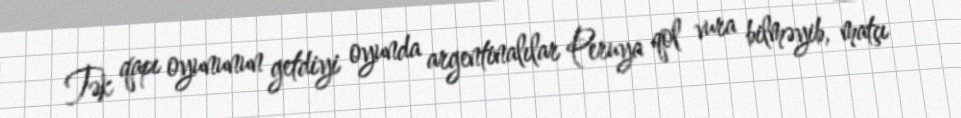
Tək qapı oyununun getdiyi oyunda argentinalılar Peruya qol vura bilməyib, matçı